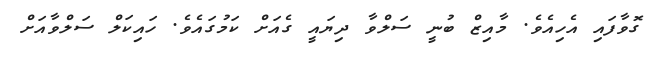
ގޮވާފައި އެހިއެވެ. މާއިޒް ބުނީ ސަލްވާ ދިޔައީ ގެއަށް ކަމުގައެވެ. ހައިކަލް ސަލްވާއަށް